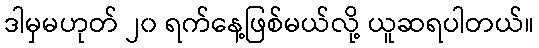
ဒါမှမဟုတ် ၂၀ ရက်နေ့ဖြစ်မယ်လို့ ယူဆရပါတယ်။